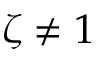
\zeta \neq 1